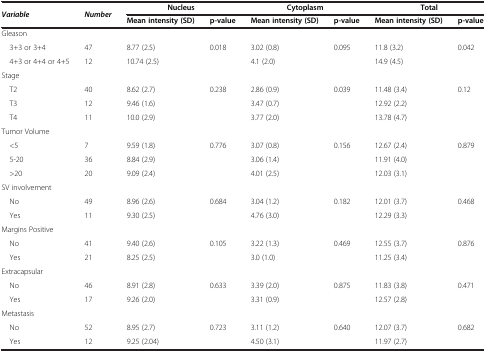
<table><thead><tr><td><b><i>Variable</i></b></td><td><b><i>Number</i></b></td><td colspan="2"><b>Nucleus</b></td><td colspan="2"><b>Cytoplasm</b></td><td colspan="2"><b>Total</b></td></tr><tr><td><b> </b></td><td><b> </b></td><td><b>Mean intensity (SD)</b></td><td><b>p-value</b></td><td><b>Mean intensity (SD)</b></td><td><b>p-value</b></td><td><b>Mean intensity (SD)</b></td><td><b>p-value</b></td></tr></thead><tbody><tr><td>Gleason</td><td> </td><td> </td><td> </td><td> </td><td> </td><td> </td><td> </td></tr><tr><td> 3+3 or 3+4</td><td>47</td><td>8.77 (2.5)</td><td>0.018</td><td>3.02 (0.8)</td><td>0.095</td><td>11.8 (3.2)</td><td>0.042</td></tr><tr><td> 4+3 or 4+4 or 4+5</td><td>12</td><td>10.74 (2.5)</td><td> </td><td>4.1 (2.0)</td><td> </td><td>14.9 (4.5)</td><td> </td></tr><tr><td>Stage</td><td> </td><td> </td><td> </td><td> </td><td> </td><td> </td><td> </td></tr><tr><td> T2</td><td>40</td><td>8.62 (2.7)</td><td>0.238</td><td>2.86 (0.9)</td><td>0.039</td><td>11.48 (3.4)</td><td>0.12</td></tr><tr><td> T3</td><td>12</td><td>9.46 (1.6)</td><td> </td><td>3.47 (0.7)</td><td> </td><td>12.92 (2.2)</td><td> </td></tr><tr><td> T4</td><td>11</td><td>10.0 (2.9)</td><td> </td><td>3.77 (2.0)</td><td> </td><td>13.78 (4.7)</td><td> </td></tr><tr><td>Tumor Volume</td><td> </td><td> </td><td> </td><td> </td><td> </td><td> </td><td> </td></tr><tr><td> &lt;5</td><td>7</td><td>9.59 (1.8)</td><td>0.776</td><td>3.07 (0.8)</td><td>0.156</td><td>12.67 (2.4)</td><td>0.879</td></tr><tr><td> 5-20</td><td>36</td><td>8.84 (2.9)</td><td> </td><td>3.06 (1.4)</td><td> </td><td>11.91 (4.0)</td><td> </td></tr><tr><td> &gt;20</td><td>20</td><td>9.09 (2.4)</td><td> </td><td>4.01 (2.5)</td><td> </td><td>12.03 (3.1)</td><td> </td></tr><tr><td>SV involvement</td><td> </td><td> </td><td> </td><td> </td><td> </td><td> </td><td> </td></tr><tr><td> No</td><td>49</td><td>8.96 (2.6)</td><td>0.684</td><td>3.04 (1.2)</td><td>0.182</td><td>12.01 (3.7)</td><td>0.468</td></tr><tr><td> Yes</td><td>11</td><td>9.30 (2.5)</td><td> </td><td>4.76 (3.0)</td><td> </td><td>12.29 (3.3)</td><td> </td></tr><tr><td>Margins Positive</td><td> </td><td> </td><td> </td><td> </td><td> </td><td> </td><td> </td></tr><tr><td> No</td><td>41</td><td>9.40 (2.6)</td><td>0.105</td><td>3.22 (1.3)</td><td>0.469</td><td>12.55 (3.7)</td><td>0.876</td></tr><tr><td> Yes</td><td>21</td><td>8.25 (2.5)</td><td> </td><td>3.0 (1.0)</td><td> </td><td>11.25 (3.4)</td><td> </td></tr><tr><td>Extracapsular</td><td> </td><td> </td><td> </td><td> </td><td> </td><td> </td><td> </td></tr><tr><td> No</td><td>46</td><td>8.91 (2.8)</td><td>0.633</td><td>3.39 (2.0)</td><td>0.875</td><td>11.83 (3.8)</td><td>0.471</td></tr><tr><td> Yes</td><td>17</td><td>9.26 (2.0)</td><td> </td><td>3.31 (0.9)</td><td> </td><td>12.57 (2.8)</td><td> </td></tr><tr><td>Metastasis</td><td> </td><td> </td><td> </td><td> </td><td> </td><td> </td><td> </td></tr><tr><td> No</td><td>52</td><td>8.95 (2.7)</td><td>0.723</td><td>3.11 (1.2)</td><td>0.640</td><td>12.07 (3.7)</td><td>0.682</td></tr><tr><td> Yes</td><td>12</td><td>9.25 (2.04)</td><td> </td><td>4.50 (3.1)</td><td> </td><td>11.97 (2.7)</td><td> </td></tr></tbody></table>